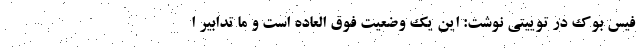
فیس بوک در توییتی نوشت: این یک وضعیت فوق العاده است و ما تدابیر ا